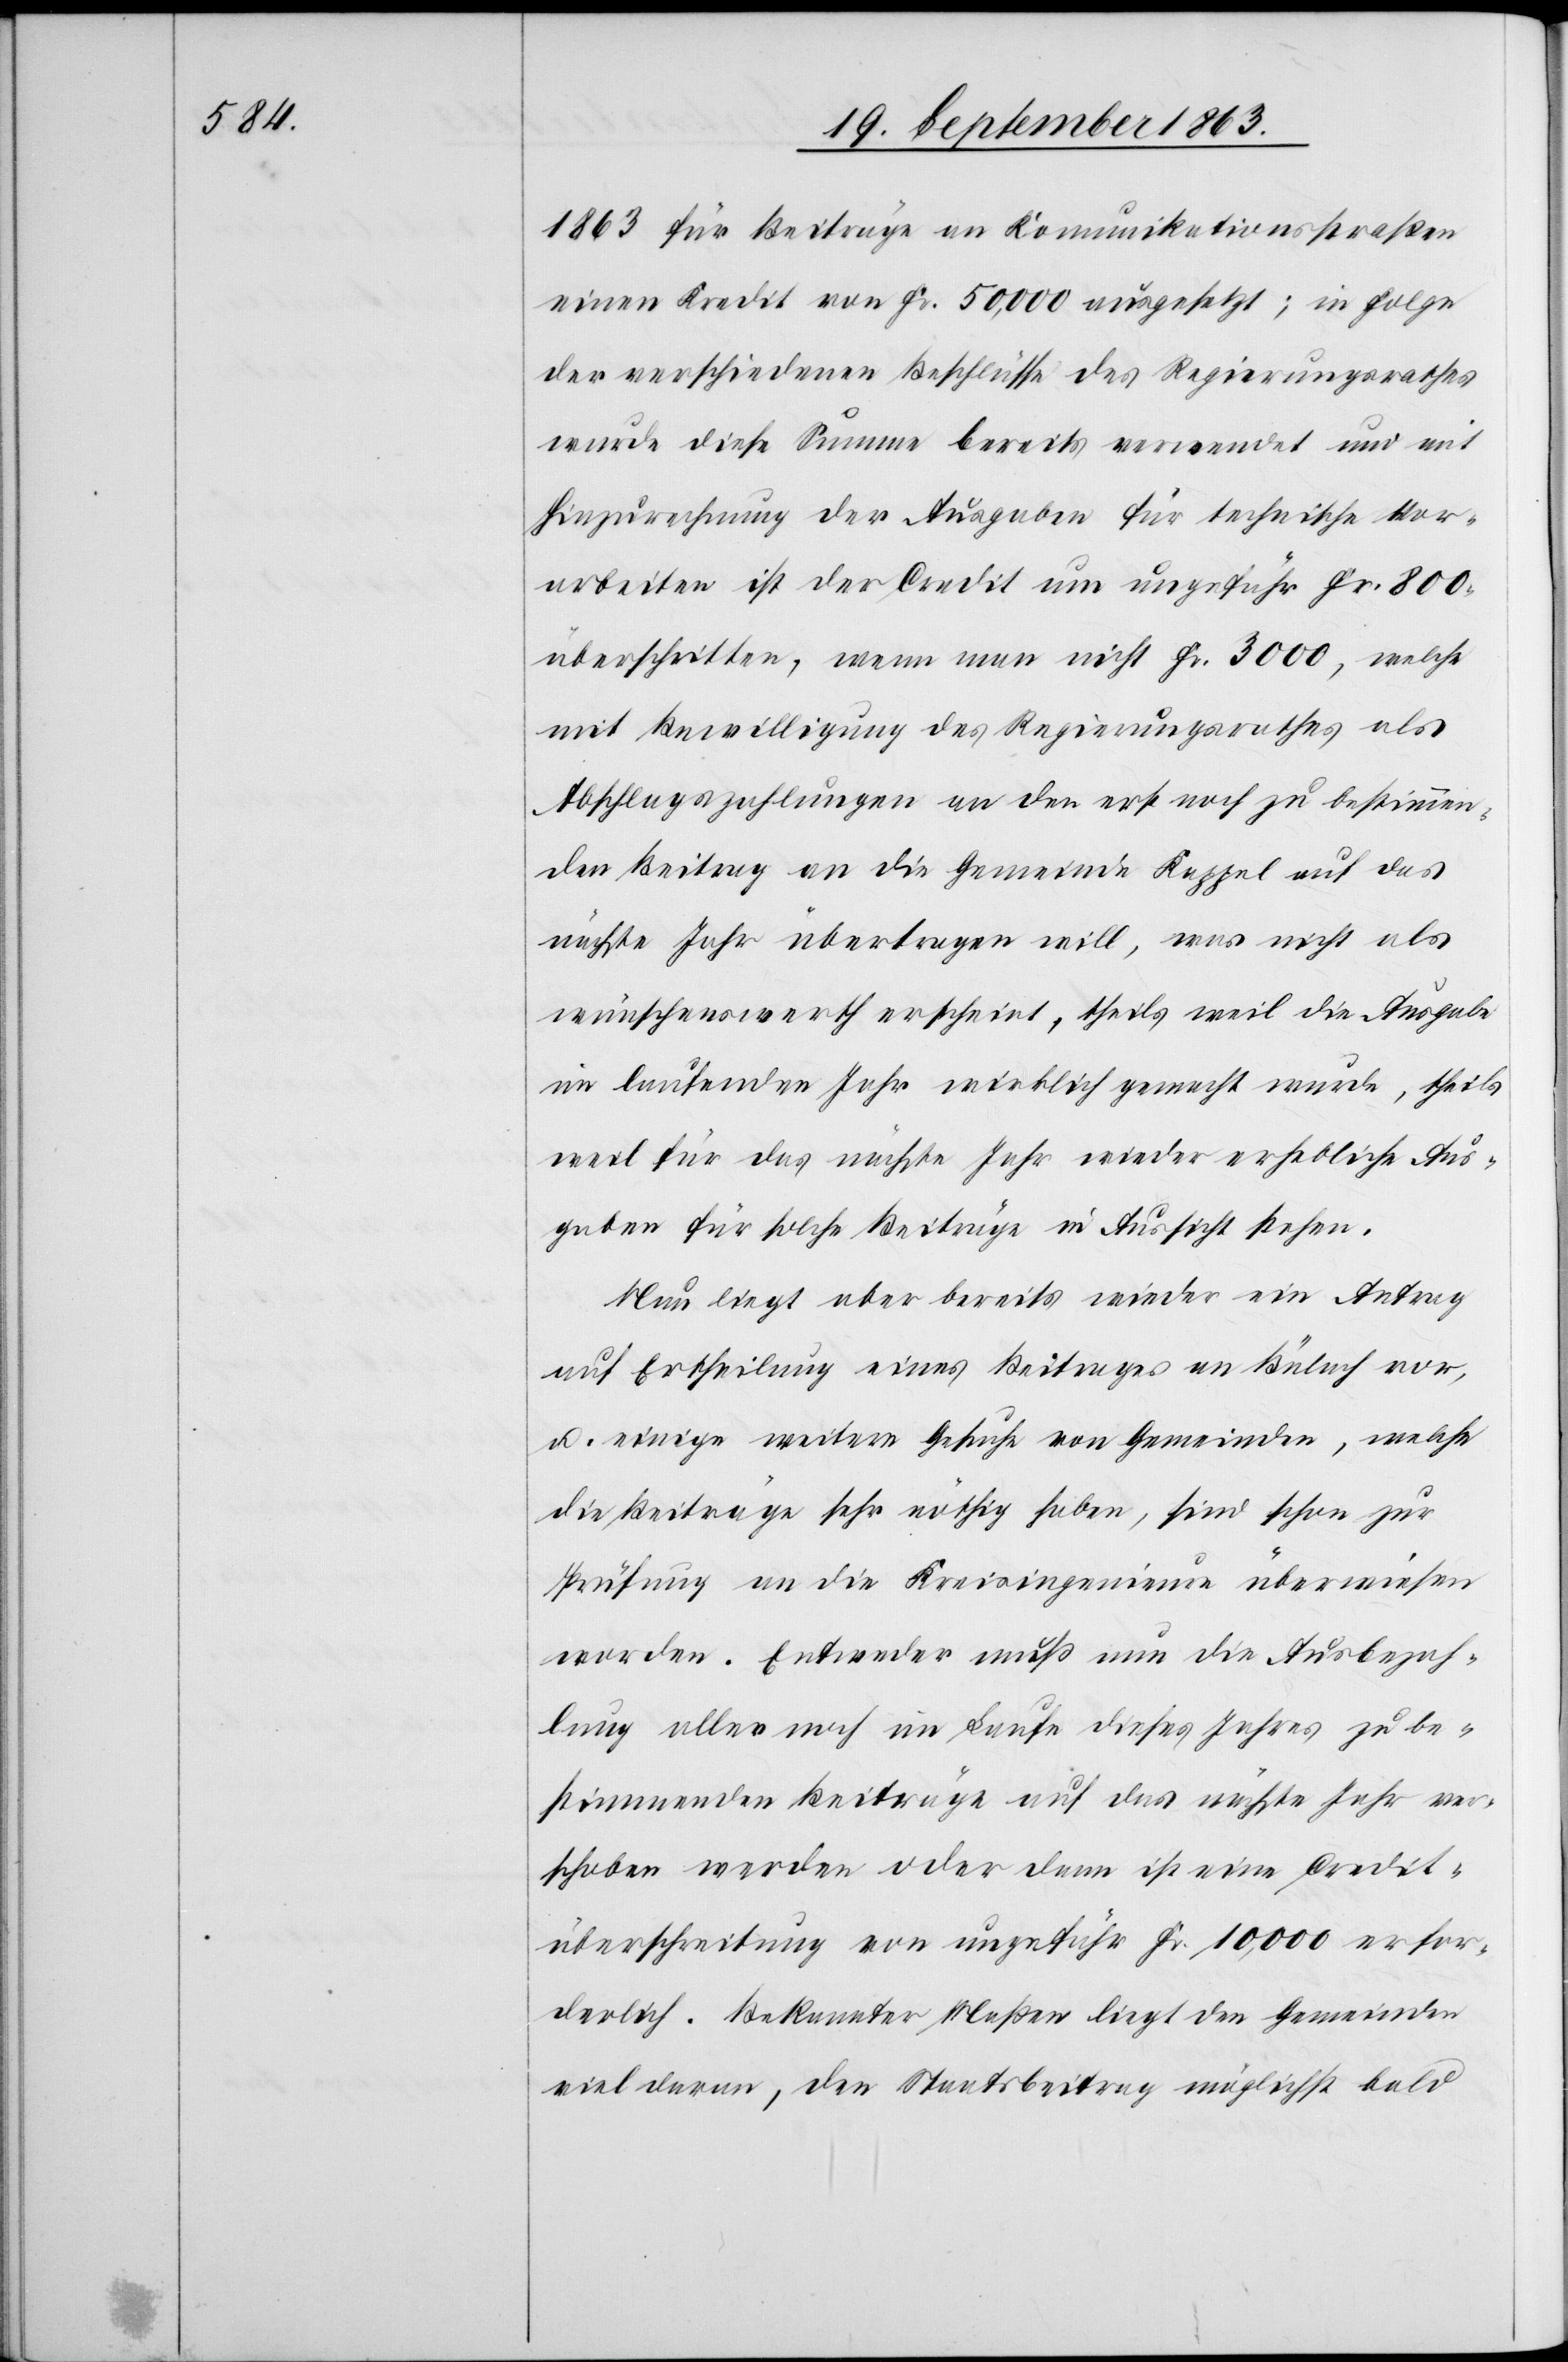
1863 für Beiträge an Komunikationsstraßen
einen Kredit von Fr. 50,000 ausgesetzt; in Folge
der verschiedenen Beschlüsse des Regierungsrathes
wurde diese Summe bereits verwendet und mit
Hinzurechnung der Ausgaben für technische Vor¬
arbeiten ist der Credit um ungefähr Fr. 800.
überschritten, wenn man nicht Fr. 3000, welche
mit Bewilligung des Regierungsrathes als
Abschlagzahlungen an den erst noch zu bestimmen¬
den Beitrag an die Gemeinde Kappel auf das
nächste Jahr übertragen will, was nicht als
wünschenswerth erscheint, theils weil die Ausgabe
im laufenden Jahr wirklich gemacht wurde, theils
weil für das nächste Jahr wieder erhebliche Aus¬
gaben für solche Beiträge in Aussicht stehen.
Nun liegt aber bereits wieder ein Antrag
auf Ertheilung eines Beitrages an Bülach vor,
u. einige weitere Gesuche von Gemeinden, welche
die Beiträge sehr nöthig haben, sind schon zur
Prüfung an die Kreisingenieure überwiesen
worden. Entweder muß nun die Ausbezah¬
lung aller noch im Laufe dieses Jahres zu be¬
stimmenden Beiträge auf das nächste Jahr ver¬
schoben werden oder dann ist eine Credit¬
überschreitung von ungefähr Fr. 10,000 erfor¬
derlich. Bekannter Maßen liegt den Gemeinden
viel daran, den Staatsbeitrag möglichst bald